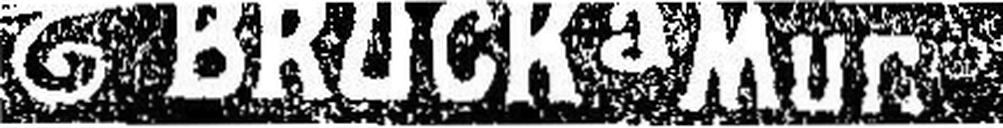
BRUCKa Mur